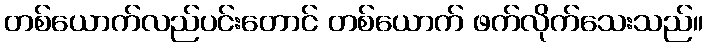
တစ်ယောက်လည်ပင်းတောင် တစ်ယောက် ဖက်လိုက်သေးသည်။